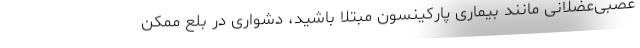
عصبی‌عضلانی مانند بیماری پارکینسون مبتلا باشید، دشواری در بلع ممکن